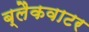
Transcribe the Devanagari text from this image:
ब्लैकवाटर